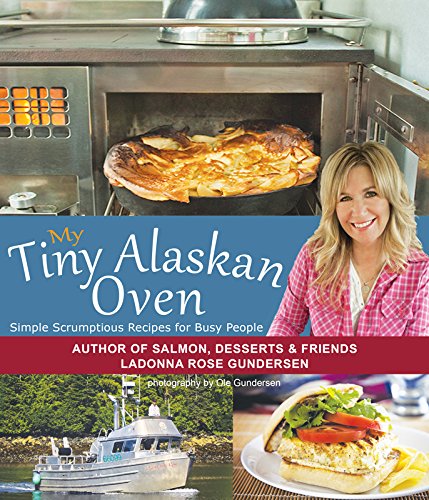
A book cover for My Tiny Alaskan Oven; Ladonna Gundersen; Cookbooks, Food & Wine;